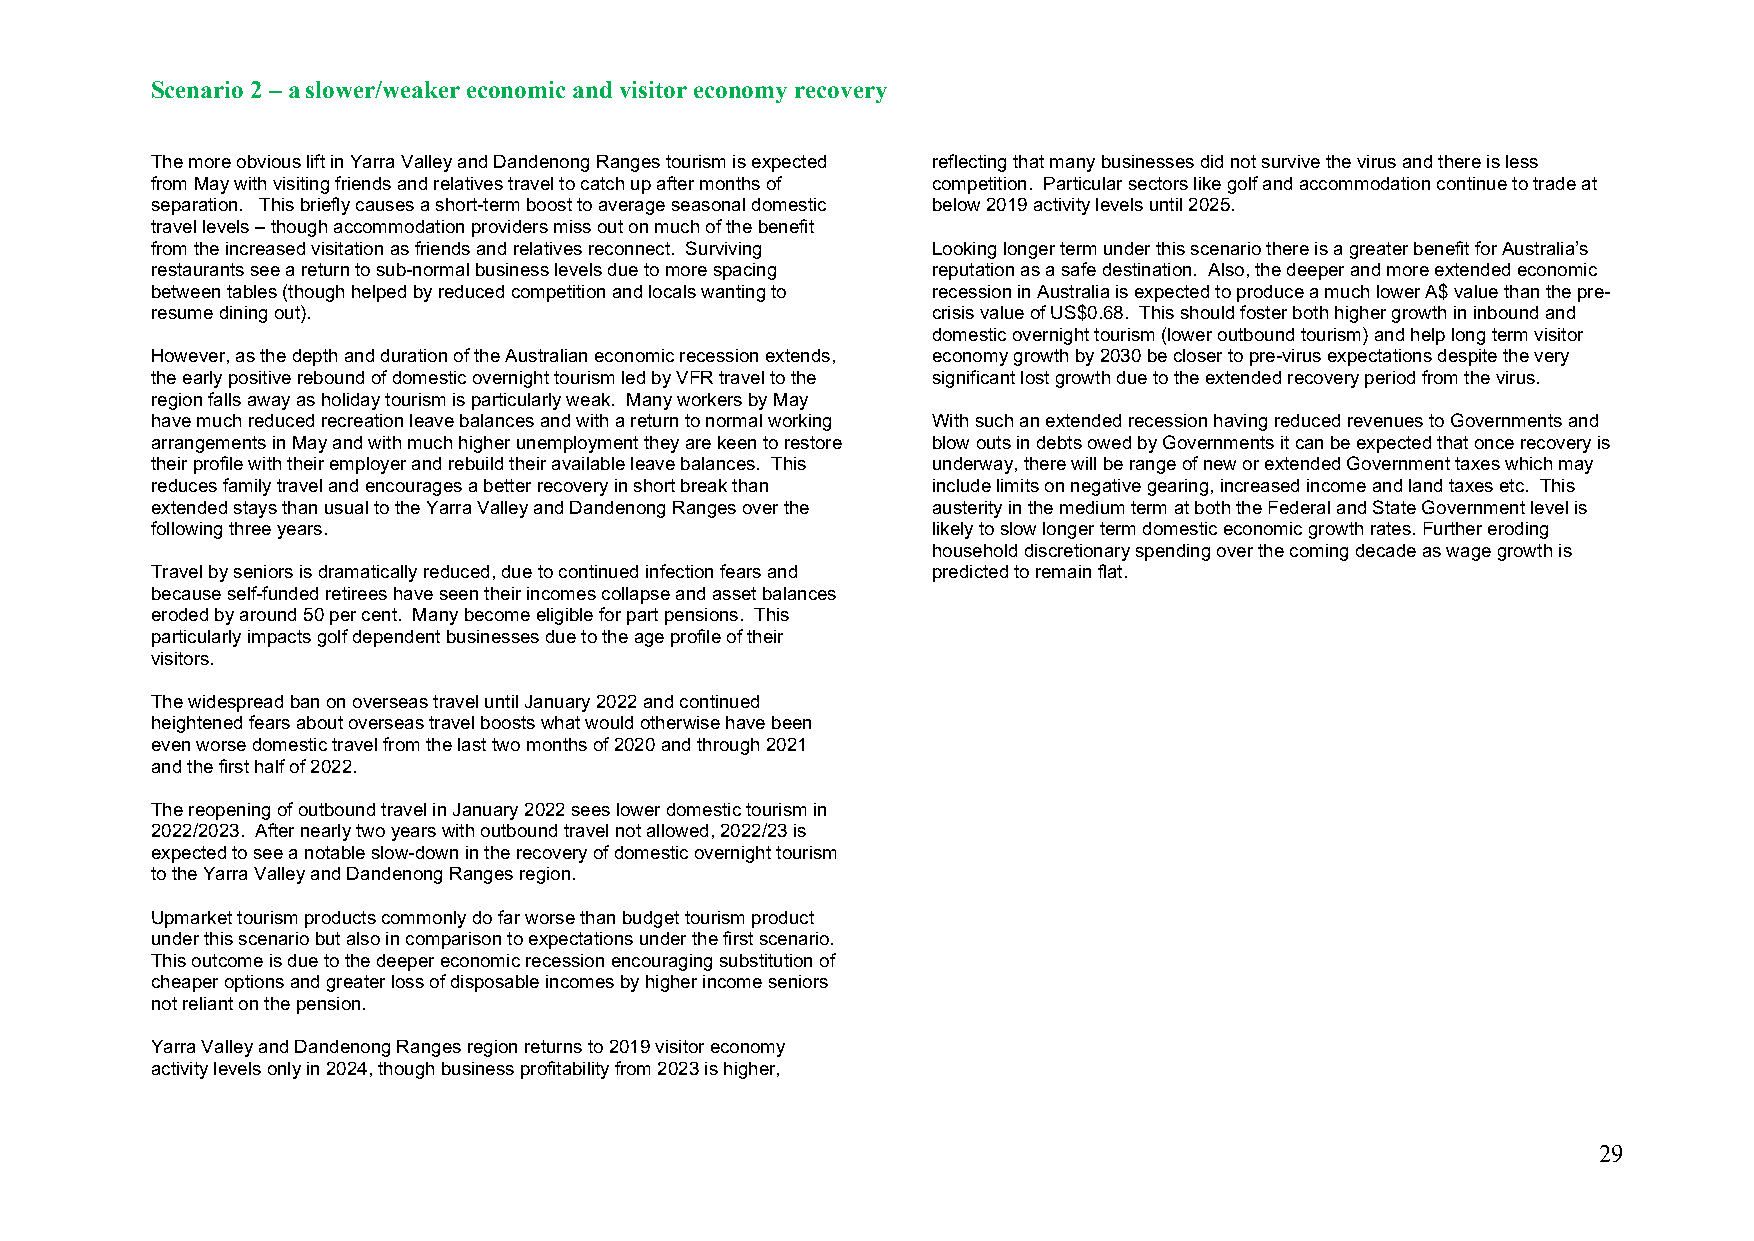
Scenario 2 – a slower/weaker economic and visitor economy recovery
 The more obvious lift in Yarra Valley and Dandenong Ranges tourism is expected reflecting that many businesses did not survive the virus and there is less
 from May with visiting friends and relatives travel to catch up after months of competition. Particular sectors like golf and accommodation continue to trade at
 separation. This briefly causes a short-term boost to average seasonal domestic below 2019 activity levels until 2025.
 travel levels – though accommodation providers miss out on much of the benefit
 from the increased visitation as friends and relatives reconnect. Surviving Looking longer term under this scenario there is a greater benefit for Australia’s
 restaurants see a return to sub-normal business levels due to more spacing reputation as a safe destination. Also, the deeper and more extended economic
 between tables (though helped by reduced competition and locals wanting to recession in Australia is expected to produce a much lower A$ value than the pre-
 resume dining out).                                 crisis value of US$0.68. This should foster both higher growth in inbound and
 domestic overnight tourism (lower outbound tourism) and help long term visitor
 However, as the depth and duration of the Australian economic recession extends, economy growth by 2030 be closer to pre-virus expectations despite the very
 the early positive rebound of domestic overnight tourism led by VFR travel to the significant lost growth due to the extended recovery period from the virus.
 region falls away as holiday tourism is particularly weak. Many workers by May
 have much reduced recreation leave balances and with a return to normal working With such an extended recession having reduced revenues to Governments and
 arrangements in May and with much higher unemployment they are keen to restore blow outs in debts owed by Governments it can be expected that once recovery is
 their profile with their employer and rebuild their available leave balances. This underway, there will be range of new or extended Government taxes which may
 reduces family travel and encourages a better recovery in short break than include limits on negative gearing, increased income and land taxes etc. This
 extended stays than usual to the Yarra Valley and Dandenong Ranges over the austerity in the medium term at both the Federal and State Government level is
 following three years.                              likely to slow longer term domestic economic growth rates. Further eroding
 household discretionary spending over the coming decade as wage growth is
 Travel by seniors is dramatically reduced, due to continued infection fears and predicted to remain flat.
 because self-funded retirees have seen their incomes collapse and asset balances
 eroded by around 50 per cent. Many become eligible for part pensions. This
 particularly impacts golf dependent businesses due to the age profile of their
 visitors.
 The widespread ban on overseas travel until January 2022 and continued
 heightened fears about overseas travel boosts what would otherwise have been
 even worse domestic travel from the last two months of 2020 and through 2021
 and the first half of 2022.
 The reopening of outbound travel in January 2022 sees lower domestic tourism in
 2022/2023. After nearly two years with outbound travel not allowed, 2022/23 is
 expected to see a notable slow-down in the recovery of domestic overnight tourism
 to the Yarra Valley and Dandenong Ranges region.
 Upmarket tourism products commonly do far worse than budget tourism product
 under this scenario but also in comparison to expectations under the first scenario.
 This outcome is due to the deeper economic recession encouraging substitution of
 cheaper options and greater loss of disposable incomes by higher income seniors
 not reliant on the pension.
 Yarra Valley and Dandenong Ranges region returns to 2019 visitor economy
 activity levels only in 2024, though business profitability from 2023 is higher,
 29